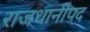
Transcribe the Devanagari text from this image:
राजधानीपद